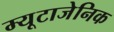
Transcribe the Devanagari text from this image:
म्यूटाजेनिक